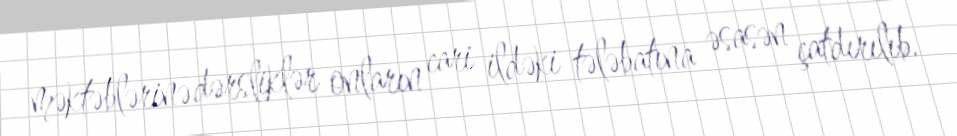
məktəblərinə dərsliklər onların cari ildəki tələbatına əsasən çatdırılıb.